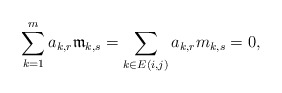
\begin{align*}\sum_{k=1}^m a_{k,r} \mathfrak{m}_{k,s} = \sum_{k \in E(i,j)} a_{k,r} m_{k,s}=0,\end{align*}